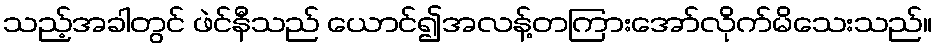
သည့်အခါတွင် ဖဲင်နီသည် ယောင်၍အလန့်တကြားအော်လိုက်မိသေးသည်။